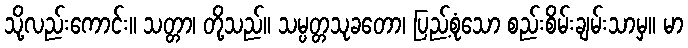
သို့လည်းကောင်း။ သတ္တာ၊ တို့သည်။ သမ္ပတ္တသုခတော၊ ပြည့်စုံသော စည်းစိမ်းချမ်းသာမှ။ မာ